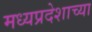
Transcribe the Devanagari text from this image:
मध्यप्रदेशाच्या